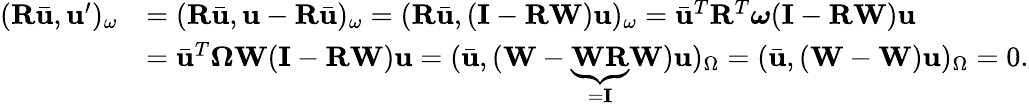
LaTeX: \begin{array}{rl}{(\mathbf{R}\bar{\mathbf{u}},\mathbf{u}^{\prime})_{\omega}}&{=(\mathbf{R}\bar{\mathbf{u}},\mathbf{u}-\mathbf{R}\bar{\mathbf{u}})_{\omega}=(\mathbf{R}\bar{\mathbf{u}},(\mathbf{I}-\mathbf{R}\mathbf{W})\mathbf{u})_{\omega}=\bar{\mathbf{u}}^{T}\mathbf{R}^{T}\boldsymbol{\omega}(\mathbf{I}-\mathbf{R}\mathbf{W})\mathbf{u}}\\ &{=\bar{\mathbf{u}}^{T}\boldsymbol{\Omega}\mathbf{W}(\mathbf{I}-\mathbf{R}\mathbf{W})\mathbf{u}=(\bar{\mathbf{u}},(\mathbf{W}-\underbrace{\mathbf{W}\mathbf{R}}_{=\mathbf{I}}\mathbf{W})\mathbf{u})_{\Omega}=(\bar{\mathbf{u}},(\mathbf{W}-\mathbf{W})\mathbf{u})_{\Omega}=0.}\end{array}